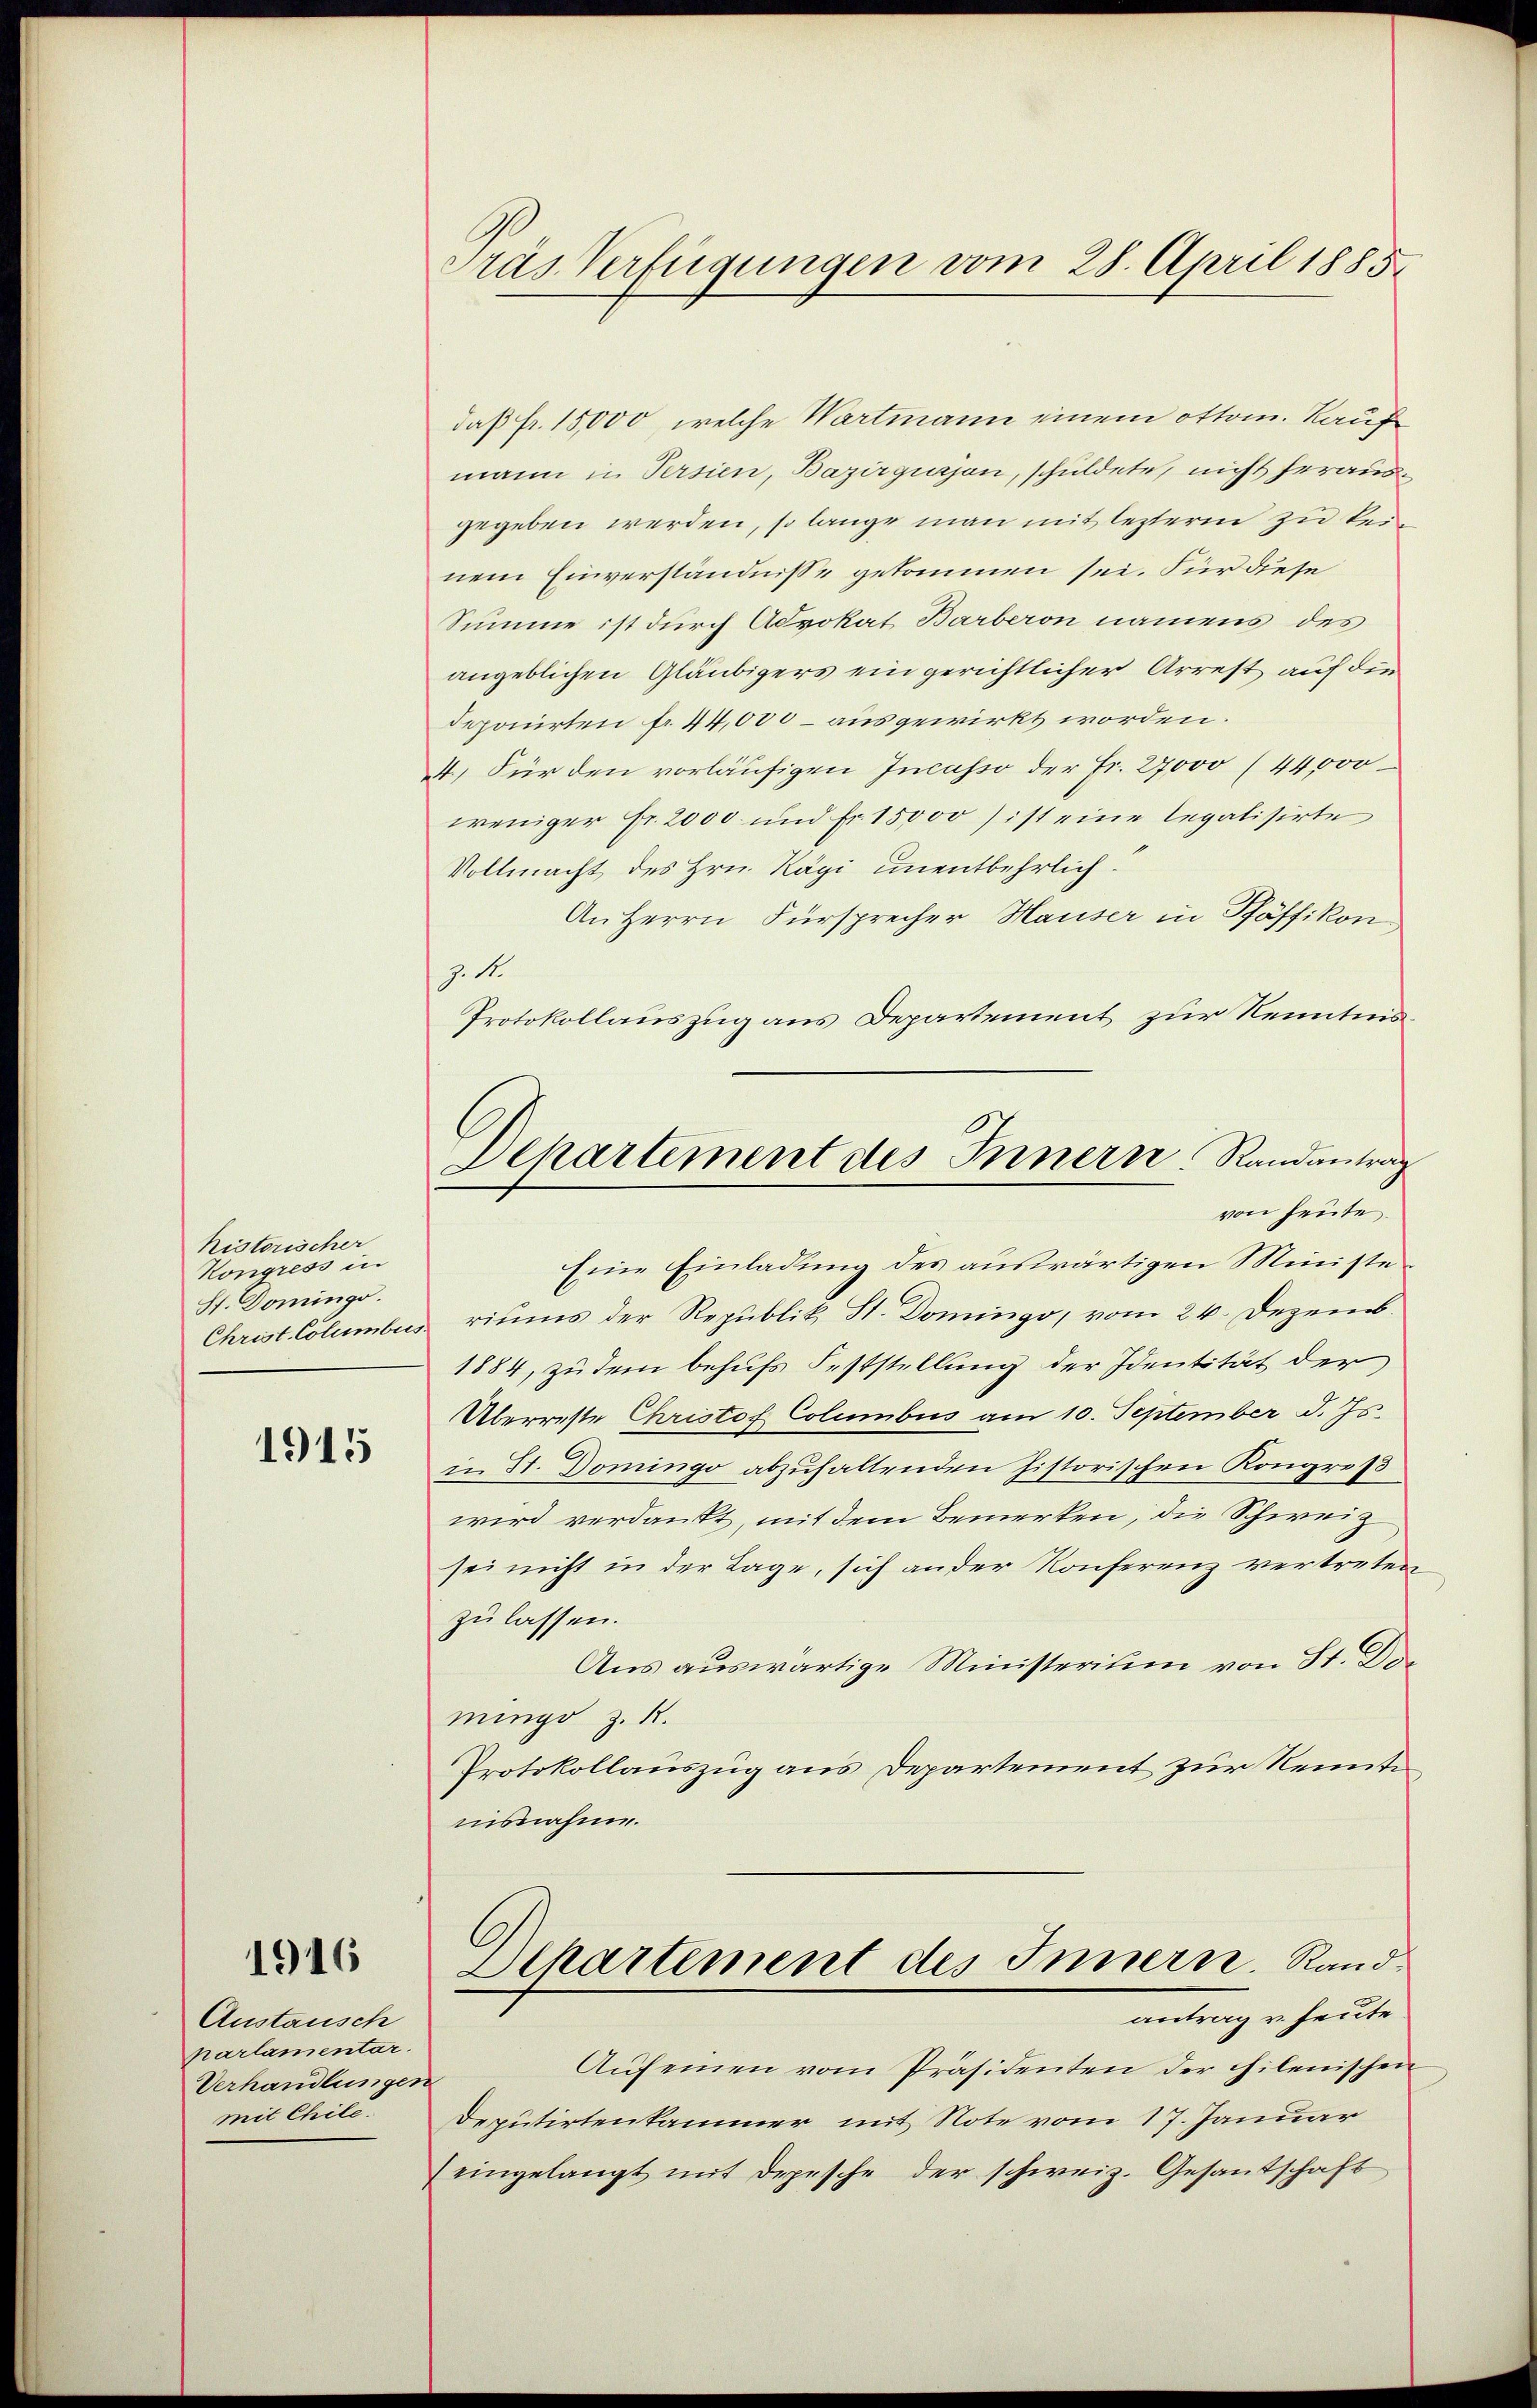
historischer
Kongress in
St. Domings.
Christ. Columbus

1915

1916

Anstausch
parlamentar.
Verhandlunges
mit Chile.

Pras Verfügungen vom 28. April 1885

Departement des Innern Randantrag
von heute.

daß fr. 15,000, welche Wartmann einem ottom. Kauf
mann in Versien, Bazirgujon, schuldete, nicht herausgegeben werden, so lange man mit lezterm zu keinem Einverständnisse gekommen sei. Für diese
Summe ist durch Advokat Barberon namens des
angeblichen Gläubigers ein gerichtlicher Arrest auf die
deponirten f. 44,000 – ausgewirkt worden.
4. Für den vorläufigen Incasso der Fr. 27000 (44,000
weniger Fr. 2000 und fr. 15000) ist eine legalisirte
Vollmacht des Hrn. Kägi unentbehrlich:
An Herrn Fürsprecher Hauser in Pfäffikon
Z. 11.
Protokollauszug aus Departement zur Kenntnis¬
Eine Einladung des auswärtigen Ministe
riums der Republik, St. Domingo, vom 24. Dezemb.
1884, zu dem behufs Feststellung der Identität der
Überreste Christof Columbus am 10. September d. Js.
in St. Domingo abzuhaltenden historischen Kongres
wird verdankt, mit dem Bemerken, die Schweiz
sei nicht in der Lage, sich an der Konferenz vertreten
zulassen.
Aus auswärtige Ministerium von St. Doc
mings z. R.
Protokollauszug aus Departement zur Renntnisnahme.
Departement des Innern. Randantrag u. heute
Aŭfeinen vom Präsidenten der chilenischen
f
Deputirtenkammer mit Note vom 17. Januar
eingelangt mit Depesche der schweiz. Gesandschaft